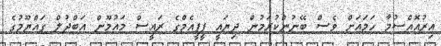
އިރުއޮއްސުމާ ހަމައަށް ވެސް ބޭނުންކުރަމުން ދިޔައީ ޕީޕީއެމްގެ ރައީސް މައުމޫން އަބްދުލް ގައްޔޫމުގެ